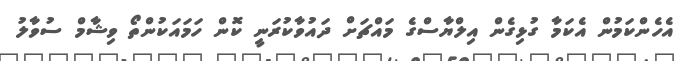
އެހެންކަމުން އެކަމާ ގުޅިގެން އިލްޔާސްގެ މައްޗަށް ދައުވާކުރަނީ ކޮން ހަމައަކުންތޯ ވިޝާމް ސުވާލު